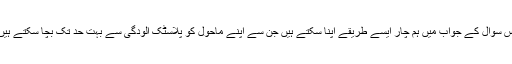
اس سوال کے جواب میں ہم چار ایسے طریقے اپنا سکتے ہیں جن سے اپنے ماحول کو پلاسٹک آلودگی سے بہت حد تک بچا سکتے ہیں۔